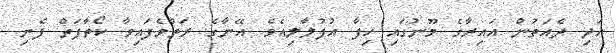
އަދި ދެއަތުން އައިރާގެ މޫނުގައި ހިފާ އުފުލާލިއެވެ. އޭނާގެ ރަތްވެފައިވާ ކޯތާފަތް ފެނި